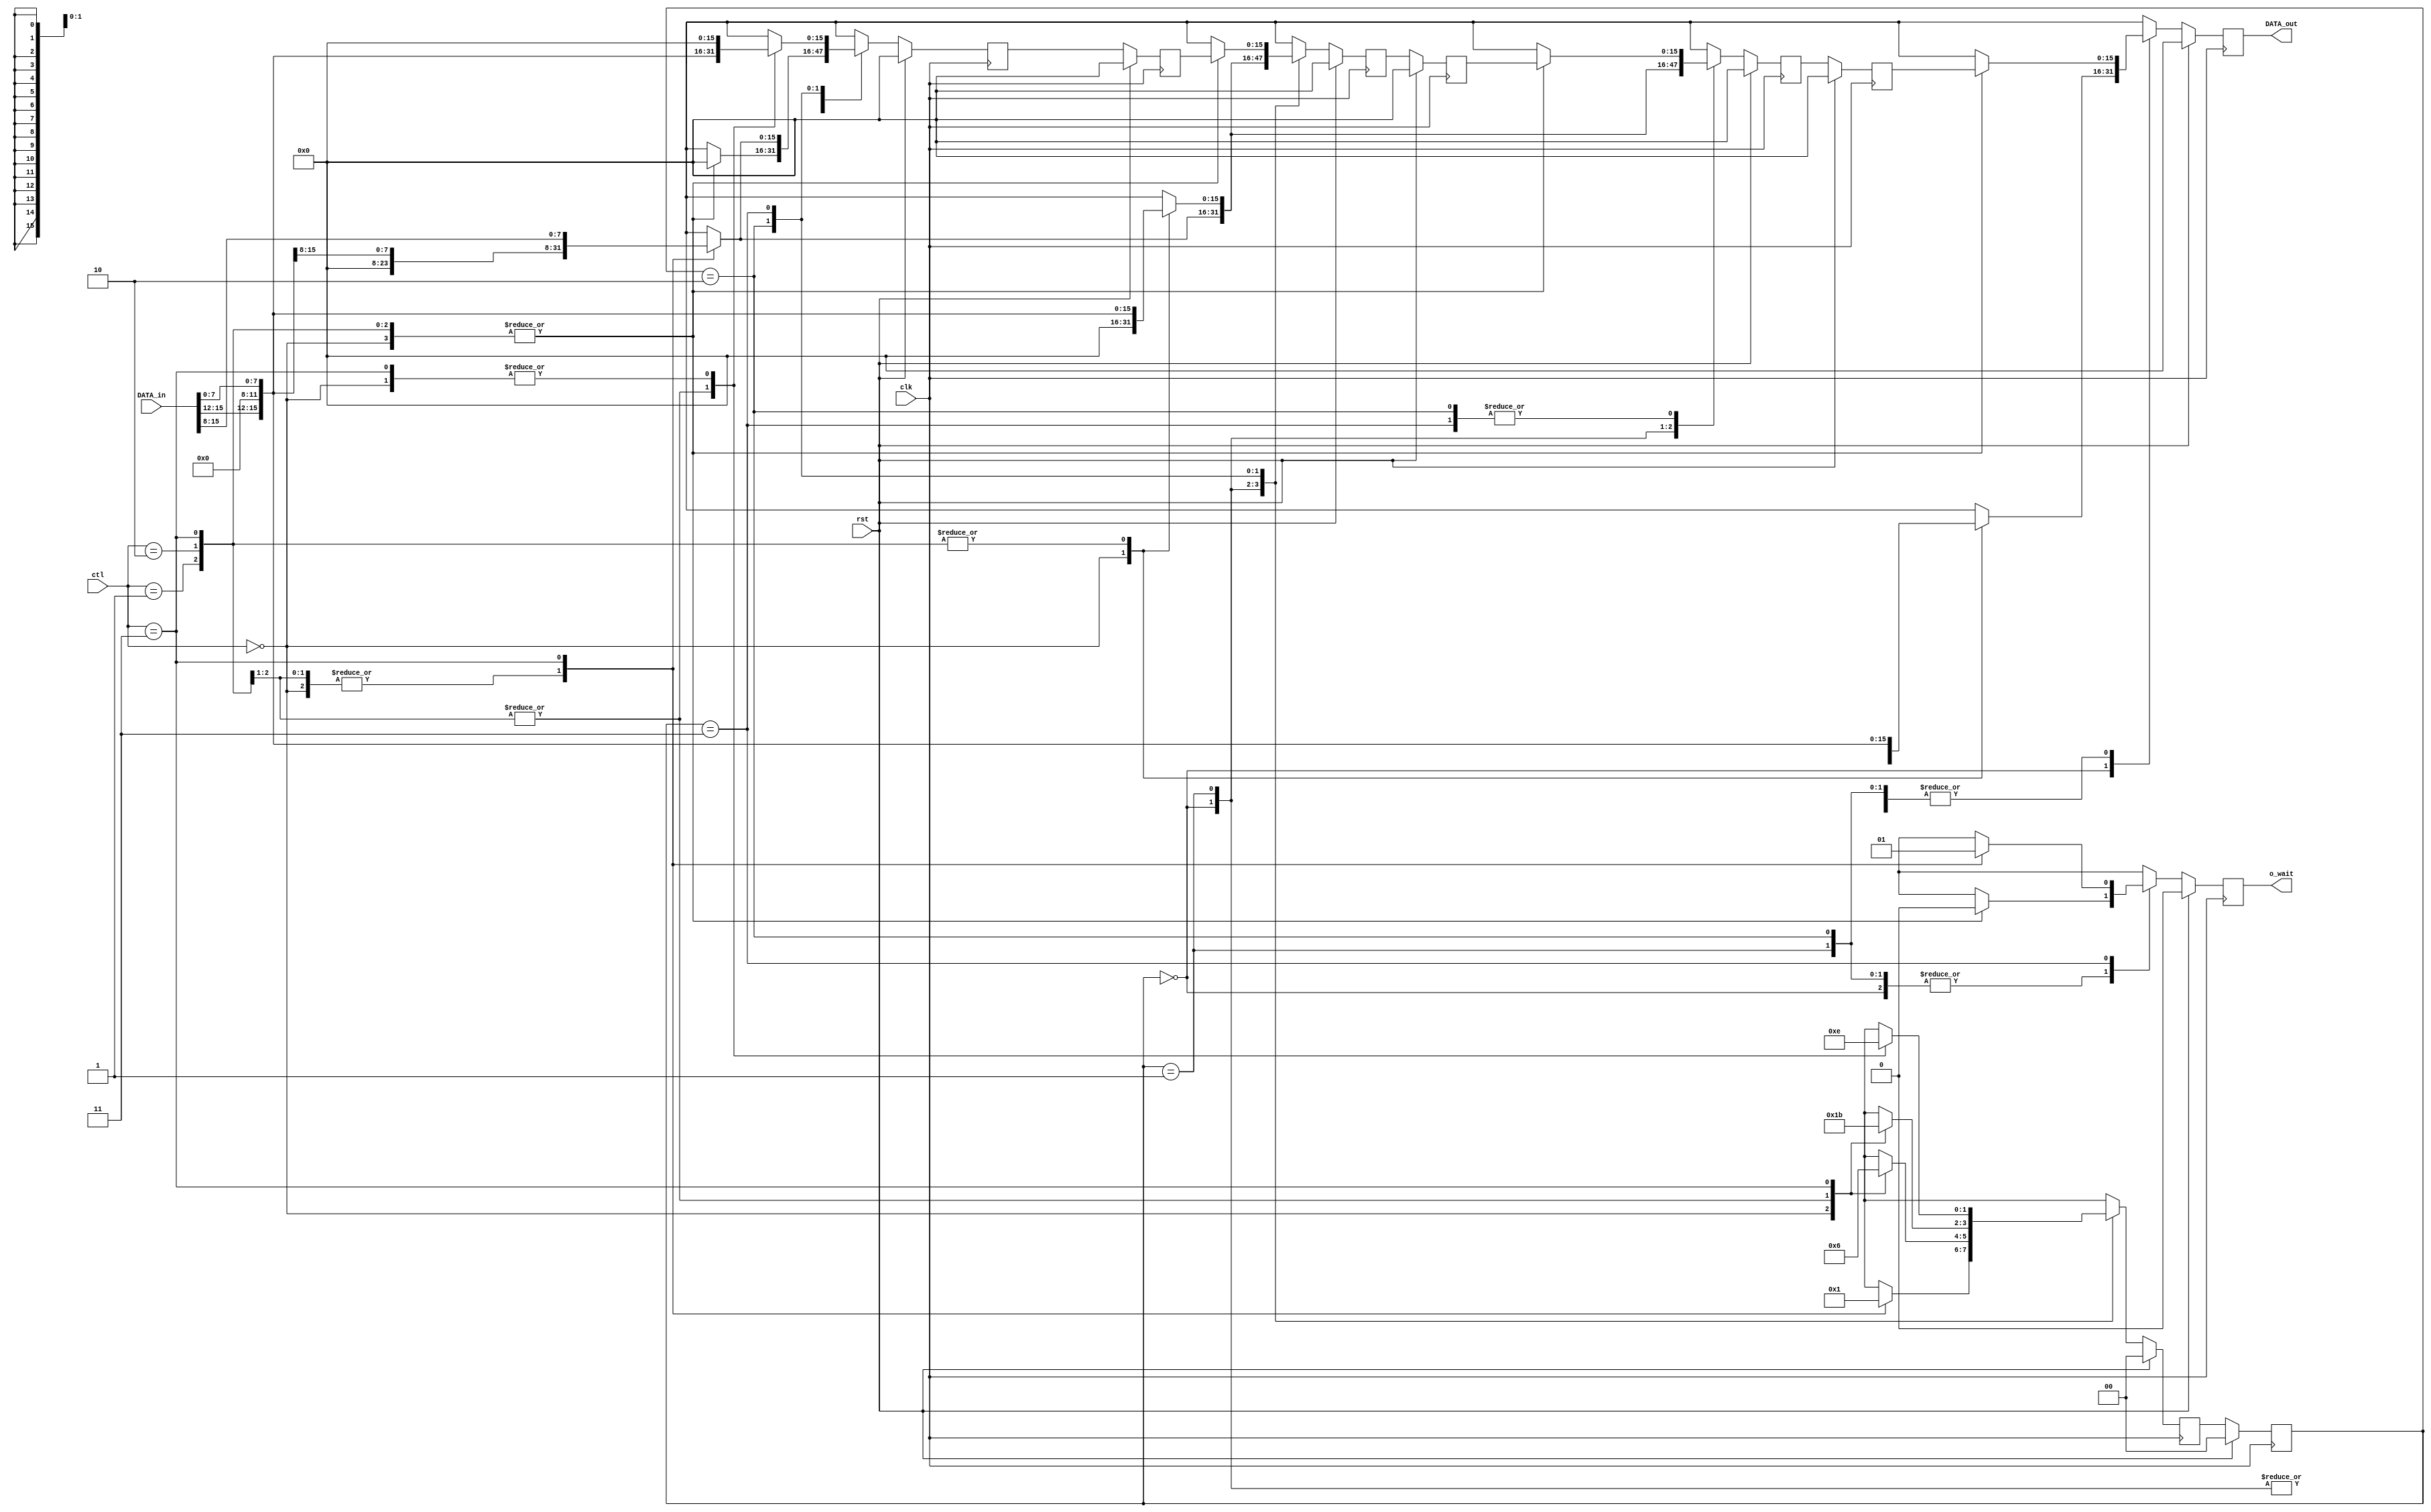
module STACK_MACHINE_ADDR ( clk, rst,
						ctl, o_wait,
						DATA_in, DATA_out
                        // o_STACK_REG0, o_STACK_REG[1], o_STACK_REG[2]
);

parameter DATA_WIDTH = 16;
parameter STACK_SIZE = 3;       // IF Size increases, You have to add codes(refer to STATE REG)

input clk, rst;
input [1:0] ctl;
input [DATA_WIDTH-1:0] DATA_in;
output reg o_wait;
output [DATA_WIDTH-1:0] DATA_out;
// output [15:0]  o_STACK_REG0, o_STACK_REG[1], o_STACK_REG[2];

reg [1:0] next_state_reg, state_reg;
reg[DATA_WIDTH-1:0] _STACK_REG[STACK_SIZE-1:0];
reg[DATA_WIDTH-1:0] _next_STACK_REG[STACK_SIZE-1:0];
// reg[15:0] o_STACK_REG0, o_STACK_REG[1], o_STACK_REG[2];
reg [DATA_WIDTH-1:0] buf_DATA_out;

always @(posedge clk) begin
	if (rst == 1'b1) begin
		state_reg <= 0;
	end
	else begin
		state_reg <= next_state_reg;
	end
end

always @(posedge clk) begin
    if (rst == 1'b1)  begin
        _STACK_REG[0] <= 0;
        _STACK_REG[1] <= 0;
        _STACK_REG[2] <= 0;
    end
    else begin
        _STACK_REG[0] <= _next_STACK_REG[0];
        _STACK_REG[1] <= _next_STACK_REG[1];
        _STACK_REG[2] <= _next_STACK_REG[2];
    end
end


always @(posedge clk) begin
	if (rst == 1'b1) begin
		next_state_reg <= 0;
	end
	else begin
		case(state_reg)
			2'b00:
				case (ctl)
				2'b00:
					next_state_reg <= 2'b00;
				2'b01:
					next_state_reg <= 2'b00;
				2'b10:
					next_state_reg <= 2'b00;
				2'b11:
					next_state_reg <= 2'b01;
				default:
					next_state_reg <= 2'b00;
				endcase
				
			2'b01:
				case (ctl)
				2'b00:
					next_state_reg <= 2'b00;
				2'b01:
					next_state_reg <= 2'b01;
				2'b10:
					next_state_reg <= 2'b01;
				2'b11:
					next_state_reg <= 2'b10;
				default:
					next_state_reg <= 2'b00;
				endcase

			2'b10:
				case (ctl)
				2'b00:
					next_state_reg <= 2'b01;
				2'b01:
					next_state_reg <= 2'b10;
				2'b10:
					next_state_reg <= 2'b10;
				2'b11:
					next_state_reg <= 2'b11;
				default:
					next_state_reg <= 2'b00;
				endcase
				
			2'b11:
				case (ctl)
				2'b00:
					next_state_reg <= 2'b10;
				2'b01:
					next_state_reg <= 2'b11;
				2'b10:
					next_state_reg <= 2'b11;
				2'b11:
					next_state_reg <= 2'b10;
				default:
					next_state_reg <= 2'b00;
				endcase
				
			default:
				next_state_reg <= next_state_reg;
		endcase
	end
end

always @(posedge clk) begin
	if (rst == 1'b1) begin
        buf_DATA_out <= 0;
		o_wait <= 1'b0;
        _next_STACK_REG[0] <= 0;
        _next_STACK_REG[1] <= 0;
        _next_STACK_REG[2] <= 0;
	end
	else begin
		case (state_reg)
		2'b00:
			case (ctl)
			2'b00:
            begin
                buf_DATA_out <= _STACK_REG[0];
				o_wait <= 1'b0;
                _next_STACK_REG[0] <= 0;
                _next_STACK_REG[1] <= 0;
                _next_STACK_REG[2] <= 0;
            end
				
			2'b01:
            begin
                buf_DATA_out <= {DATA_in[DATA_WIDTH-1: DATA_WIDTH-4], {(DATA_WIDTH/2-4){1'b0}}, DATA_in[DATA_WIDTH/2-1:0]};
				o_wait <= 1'b0;
                _next_STACK_REG[0] <= 0;
                _next_STACK_REG[1] <= 0;
                _next_STACK_REG[2] <= 0;
            end
				
			2'b10:
            begin
                buf_DATA_out <= {DATA_in[DATA_WIDTH-1: DATA_WIDTH-4], {(DATA_WIDTH/2-4){1'b0}}, DATA_in[DATA_WIDTH/2-1:0]};
				o_wait <= 1'b0;
                _next_STACK_REG[0] <= 0;
                _next_STACK_REG[1] <= 0;
                _next_STACK_REG[2] <= 0;
            end
				
			2'b11:
            begin
                buf_DATA_out <= {DATA_in[DATA_WIDTH-1: DATA_WIDTH-4], {(DATA_WIDTH/2-4){1'b0}}, DATA_in[(DATA_WIDTH/2)-1:0]};
				o_wait <= 1'b0;
                _next_STACK_REG[0] <= {DATA_in[DATA_WIDTH-1: DATA_WIDTH-4], {(DATA_WIDTH/2-4){1'b0}}, DATA_in[DATA_WIDTH-1:(DATA_WIDTH/2)]};
                _next_STACK_REG[1] <= 0;
                _next_STACK_REG[2] <= 0;
            end
				
				
			endcase
		2'b01:
			case (ctl)
			2'b00:
            begin
                buf_DATA_out <= _STACK_REG[0];
				o_wait <= 1'b0;
                _next_STACK_REG[0] <= 0;
                _next_STACK_REG[1] <= 0;
                _next_STACK_REG[2] <= 0;
            end
                
			2'b01:
            begin
                buf_DATA_out <= _STACK_REG[0];
				o_wait <= 1'b0;
                _next_STACK_REG[0] <= {DATA_in[DATA_WIDTH-1: DATA_WIDTH-4], {(DATA_WIDTH/2-4){1'b0}}, DATA_in[(DATA_WIDTH/2)-1:0]};
                _next_STACK_REG[1] <= 0;
                _next_STACK_REG[2] <= 0;
            end
                
			2'b10:
            begin
                buf_DATA_out <= _STACK_REG[0];
				o_wait <= 1'b0;
                _next_STACK_REG[0] <= {DATA_in[DATA_WIDTH-1: DATA_WIDTH-4], {(DATA_WIDTH/2-4){1'b0}}, DATA_in[(DATA_WIDTH/2)-1:0]};
                _next_STACK_REG[1] <= 0;
                _next_STACK_REG[2] <= 0;
            end
                
			2'b11:
            begin
                buf_DATA_out <= _STACK_REG[0];
				o_wait <= 1'b0;
                _next_STACK_REG[0] <= {DATA_in[DATA_WIDTH-1: DATA_WIDTH-4], {(DATA_WIDTH/2-4){1'b0}}, DATA_in[(DATA_WIDTH/2)-1:0]};
                _next_STACK_REG[1] <= {DATA_in[DATA_WIDTH-1: DATA_WIDTH-4], {(DATA_WIDTH/2-4){1'b0}}, DATA_in[DATA_WIDTH-1:(DATA_WIDTH/2)]};
                _next_STACK_REG[2] <= 0;
            end
                
			endcase
		2'b10:
			case (ctl)
			2'b00:
            begin
                buf_DATA_out <= _STACK_REG[0];
				o_wait <= 1'b0;
                _next_STACK_REG[0] <= _STACK_REG[1];
                _next_STACK_REG[1] <= 0;
                _next_STACK_REG[2] <= 0;
            end
                
			2'b01:
            begin
                buf_DATA_out <= _STACK_REG[0];
				o_wait <= 1'b0;
                _next_STACK_REG[0] <= _STACK_REG[1];
                _next_STACK_REG[1] <= {DATA_in[DATA_WIDTH-1: DATA_WIDTH-4], {(DATA_WIDTH/2-4){1'b0}}, DATA_in[(DATA_WIDTH/2)-1:0]};
                _next_STACK_REG[2] <= 0;
            end
                
			2'b10:
            begin
                buf_DATA_out <= _STACK_REG[0];
				o_wait <= 1'b0;
                _next_STACK_REG[0] <= _STACK_REG[1];
                _next_STACK_REG[1] <= {DATA_in[DATA_WIDTH-1: DATA_WIDTH-4], {(DATA_WIDTH/2-4){1'b0}}, DATA_in[(DATA_WIDTH/2)-1:0]};
                _next_STACK_REG[2] <= 0;
            end
                
			2'b11:
            begin
                buf_DATA_out <= _STACK_REG[0];
				o_wait <= 1'b0;
                _next_STACK_REG[0] <= _STACK_REG[1];
                _next_STACK_REG[1] <= {DATA_in[DATA_WIDTH-1: DATA_WIDTH-4], {(DATA_WIDTH/2-4){1'b0}}, DATA_in[(DATA_WIDTH/2)-1:0]};
                _next_STACK_REG[2] <= {DATA_in[DATA_WIDTH-1: DATA_WIDTH-4], {(DATA_WIDTH/2-4){1'b0}}, DATA_in[DATA_WIDTH-1:(DATA_WIDTH/2)]};
            end
                
			endcase
		2'b11:
			case (ctl)
			2'b00:
            begin
                buf_DATA_out <= _STACK_REG[0];
				o_wait <= 1'b0;
                _next_STACK_REG[0] <= _STACK_REG[1];
                _next_STACK_REG[1] <= _STACK_REG[2];
                _next_STACK_REG[2] <= 0;
            end
                
			2'b01:
            begin
                buf_DATA_out <= _STACK_REG[0];
				o_wait <= 1'b0;
                _next_STACK_REG[0] <= _STACK_REG[1];
                _next_STACK_REG[1] <= _STACK_REG[2];
                _next_STACK_REG[2] <= {DATA_in[DATA_WIDTH-1: DATA_WIDTH-4], {(DATA_WIDTH/2-4){1'b0}}, DATA_in[(DATA_WIDTH/2)-1:0]};
            end
                
			2'b10:
            begin
                buf_DATA_out <= _STACK_REG[0];
				o_wait <= 1'b0;
                _next_STACK_REG[0] <= _STACK_REG[1];
                _next_STACK_REG[1] <= _STACK_REG[2];
                _next_STACK_REG[2] <= {DATA_in[DATA_WIDTH-1: DATA_WIDTH-4], {(DATA_WIDTH/2-4){1'b0}}, DATA_in[(DATA_WIDTH/2)-1:0]};
            end
                
			2'b11:
            begin
                buf_DATA_out <= _STACK_REG[0];
				o_wait <= 1'b1;
                _next_STACK_REG[0] <= _STACK_REG[1];
                _next_STACK_REG[1] <= _STACK_REG[2];
                _next_STACK_REG[2] <= 0;
            end
                
			endcase
		// default:
        // begin
        //     buf_DATA_out <= buf_DATA_out;
		// 	o_wait <= 1'b0;
        //     _next_STACK_REG[0] <= _next_STACK_REG[1];
        //     _next_STACK_REG[1] <= _next_STACK_REG[2];
        //     _next_STACK_REG[2] <= _next_STACK_REG[2];
        // end
			
		endcase
	end
end

// DEBUG
// assign o_STACK_REG[0] = _STACK_REG[0];
// assign o_STACK_REG[1] = _STACK_REG[1];
// assign o_STACK_REG[2] = _STACK_REG[2];
assign DATA_out = buf_DATA_out;

endmodule